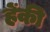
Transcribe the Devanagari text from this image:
हेंकी